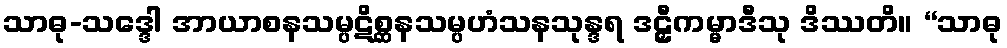
သာဓု-သဒ္ဒေါ အာယာစနသမ္ပဋိစ္ဆနသမ္ပဟံသနသုန္ဒရ ဒဠှီကမ္မာဒီသု ဒိဿတိ။ “သာဓု